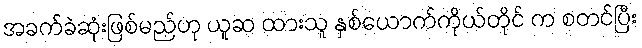
အခက်ခဲဆုံးဖြစ်မည်ဟု ယူဆ ထားသူ နှစ်ယောက်ကိုယ်တိုင် က စတင်ပြီး